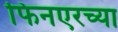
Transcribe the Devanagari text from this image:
फिनएरच्या